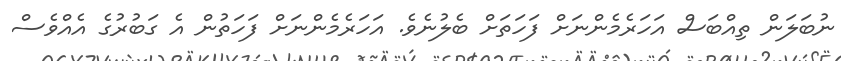
ނުބަލަން ތިއްބަސް އަހަރެމެންނަށް ފަހަތަށް ބެލުނެވެ. އަހަރެމެންނަށް ފަހަތުން އެ ގަބުރުގެ އެއްވެސް